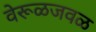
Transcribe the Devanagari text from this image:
वेरूळजवळ